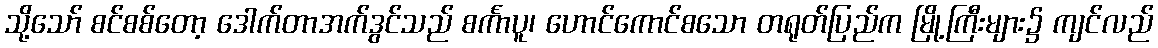
သို့သော် စင်စစ်တော့ ဒေါက်တာအက်ဒွင်သည် စင်္ကာပူ၊ ဟောင်ကောင်စသော တရုတ်ပြည်က မြို့ကြီးများ၌ ကျင်လည်